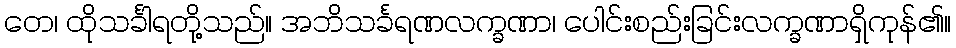
တေ၊ ထိုသင်္ခါရတို့သည်။ အဘိသင်္ခရဏလက္ခဏာ၊ ပေါင်းစည်းခြင်းလက္ခဏာရှိကုန်၏။